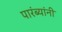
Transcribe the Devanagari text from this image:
पारंब्यांनी